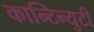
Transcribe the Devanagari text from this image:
कान्टिन्युटी